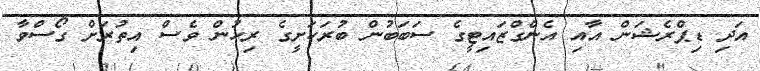
އަދި ޑިޕްރެޝަން އާއި އެންގްޒައިޓީގެ ސަބަބުން ބުރަކަށީގެ ރިހުން ވެސް އިތުރަށް ގޯސްވާ